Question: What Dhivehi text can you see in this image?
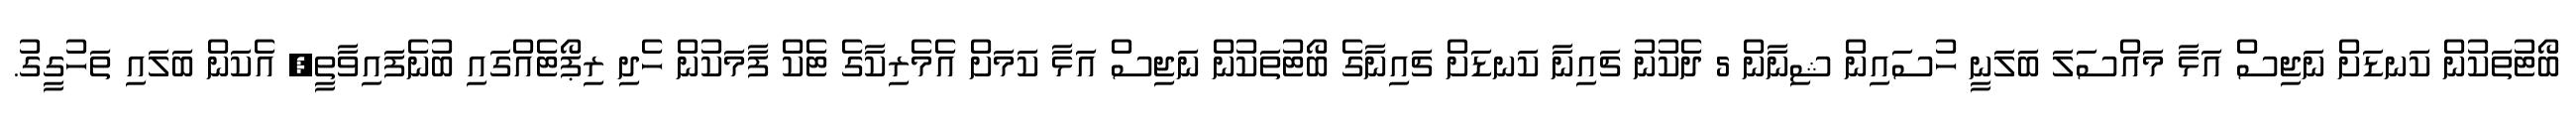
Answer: ބޯޓުތަކުން ކަނޑަށް ނަޖިސް އަޅާ މައްސަލަ ބަލަނީ ހުސައިން ޝިނާން 5 ދެކުނު ޗައިނާ ކަނޑަށް ޗައިނާގެ ބޯޓުތަކުން ނަޖިސް އަޅާ ކަމަށް އެމެރިކާގެ ޓެކް ފާމަކުން ހެދި ރިޕޯޓެއްގައި ބުނެފައިވާތީ, އެކަން ބަލައި ތަހުގީގު.